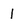
Character: l